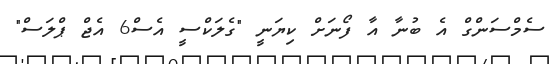
ސެމްސަންގް އެ ބުނާ އާ ފޯނަށް ކިޔަނީ "ގެލަކްސީ އެސް6 އެޖް ޕްލަސް"